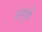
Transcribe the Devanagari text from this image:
अपुत्री